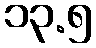
၁၃.၅